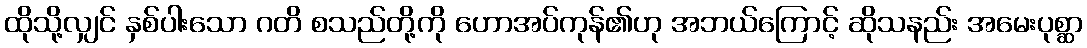
ထိုသို့လျှင် နှစ်ပါးသော ဂတိ စသည်တို့ကို ဟောအပ်ကုန်၏ဟု အဘယ်ကြောင့် ဆိုသနည်း အမေးပုစ္ဆာ